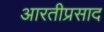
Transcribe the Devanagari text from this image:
आरतीप्रसाद